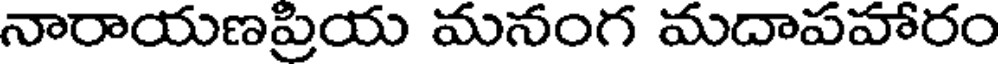
నారాయణప్రియ మనంగ మదాపహారం